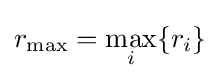
r_{\mathrm {max} }=\max _{i}\{r_{i}\}